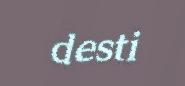
desti